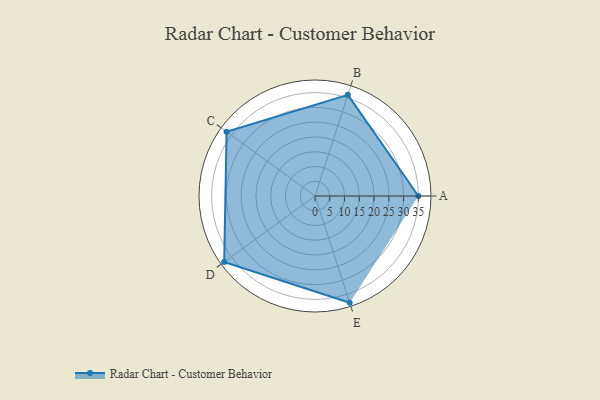
{"axis": {"x": "Skill", "y": "Score"}, "legend": ["Profile"], "data": [{"x": "A", "y": 35.0, "type": "Profile"}, {"x": "B", "y": 36.0, "type": "Profile"}, {"x": "C", "y": 37.0, "type": "Profile"}, {"x": "D", "y": 38.0, "type": "Profile"}, {"x": "E", "y": 38.0, "type": "Profile"}]}